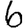
Digit: 6